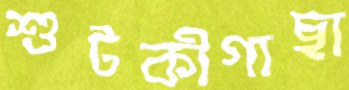
শুটকীগাছা